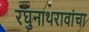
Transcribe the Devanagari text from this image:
रघुनाथरावांचा